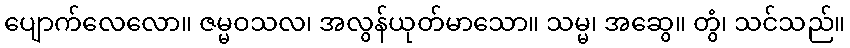
ပျောက်လေလော။ ဇမ္မဝသလ၊ အလွန်ယုတ်မာသော။ သမ္မ၊ အဆွေ။ တွံ၊ သင်သည်။